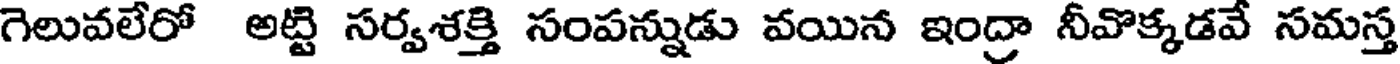
గెలువలేరో అట్టి సర్వశక్తి సంపన్నుడు వయిన ఇంద్రా నీవొక్కడవే సమస్త